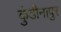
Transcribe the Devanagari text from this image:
कुंडीनापुर